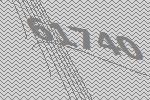
61740